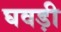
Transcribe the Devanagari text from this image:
घवड़ी